Scottish Leaving Certificate Examination, 1959
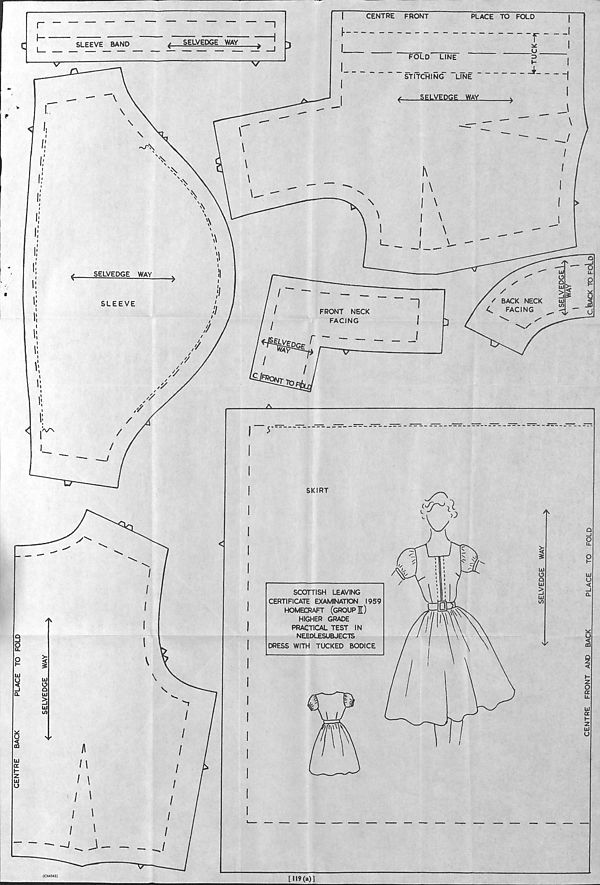
CENTRE
BACK
PLACE TO FOLD
SKIRT
SCOTTISH LEAVING
CERTIFICATE EXAMINATION 1959
HOMECRAFT (GROUP I)
HIGHER GRADE
PRACTICAL TEST IN
NEEDLESUBJECTS
DRESS WITH TUCKED BODICE
Ui
O
s
3
HI
(C64342)
[119(a)]
CENTRE FRONT AND BACK
PLACE
TO FOLD
;|
J
[cJbACK TO FoId